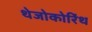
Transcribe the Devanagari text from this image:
थेजोकोरिंथ